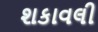
શકાવલી